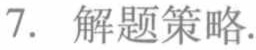
7. 解题策略.